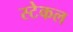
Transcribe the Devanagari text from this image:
स्टेकल